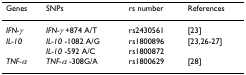
<table><thead><tr><td><b>Genes</b></td><td><b>SNPs</b></td><td><b>rs number</b></td><td><b>References</b></td></tr></thead><tbody><tr><td><i>IFN-γ</i></td><td><i>IFN-γ </i>+874 A/T</td><td>rs2430561</td><td>[23]</td></tr><tr><td><i>IL-10</i></td><td><i>IL-10 </i>-1082 A/G</td><td>rs1800896</td><td>[23,26-27]</td></tr><tr><td></td><td><i>IL-10 </i>-592 A/C</td><td>rs1800872</td><td></td></tr><tr><td><i>TNF-α</i></td><td><i>TNF-α </i>-308G/A</td><td>rs1800629</td><td>[28]</td></tr></tbody></table>